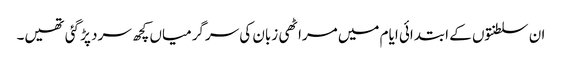
ان سلطنتوں کے ابتدائی ایام میں مراٹھی زبان کی سرگرمیاں کچھ سرد پڑ گئی تھیں۔